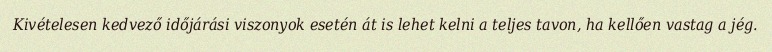
Kivételesen kedvező időjárási viszonyok esetén át is lehet kelni a teljes tavon, ha kellően vastag a jég.